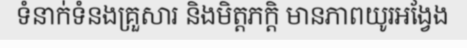
ទំនាក់ទំនងគ្រួសារ និងមិត្តភក្តិ មានភាពយូរអង្វែង